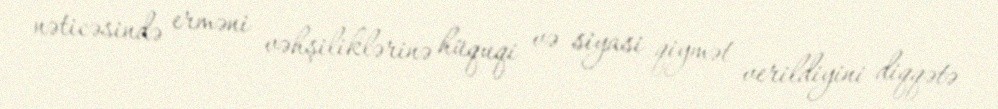
nəticəsində erməni vəhşiliklərinə hüquqi və siyasi qiymət verildiyini diqqətə